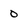
Character: 0